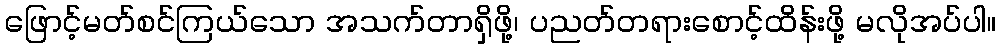
ဖြောင့်မတ်စင်ကြယ်သော အသက်တာရှိဖို့၊ ပညတ်တရားစောင့်ထိန်းဖို့ မလိုအပ်ပါ။